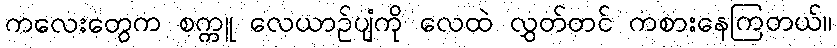
ကလေးတွေက စက္ကူ လေယာဉ်ပျံကို လေထဲ လွှတ်တင် ကစားနေကြတယ်။